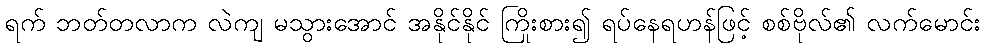
ရက် ဘတ်တလာက လဲကျ မသွားအောင် အနိုင်နိုင် ကြိုးစား၍ ရပ်နေရဟန်ဖြင့် စစ်ဗိုလ်၏ လက်မောင်း